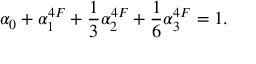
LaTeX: \alpha _ { 0 } + \alpha _ { 1 } ^ { 4 F } + \frac { 1 } { 3 } \alpha _ { 2 } ^ { 4 F } + \frac 1 6 \alpha _ { 3 } ^ { 4 F } = 1 .